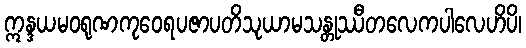
ဣန္ဒယမဝရုဏကုဝေရပဇာပတိသုယာမသန္တုဿီတလေကပါလေဟိပိ၊